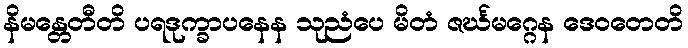
နိမန္တေတီတိ ပရဒုက္ခာပနေန သုညံပေ မိတံ ဇင်္ဃမဂ္ဂေန ဒေဝတေတိ